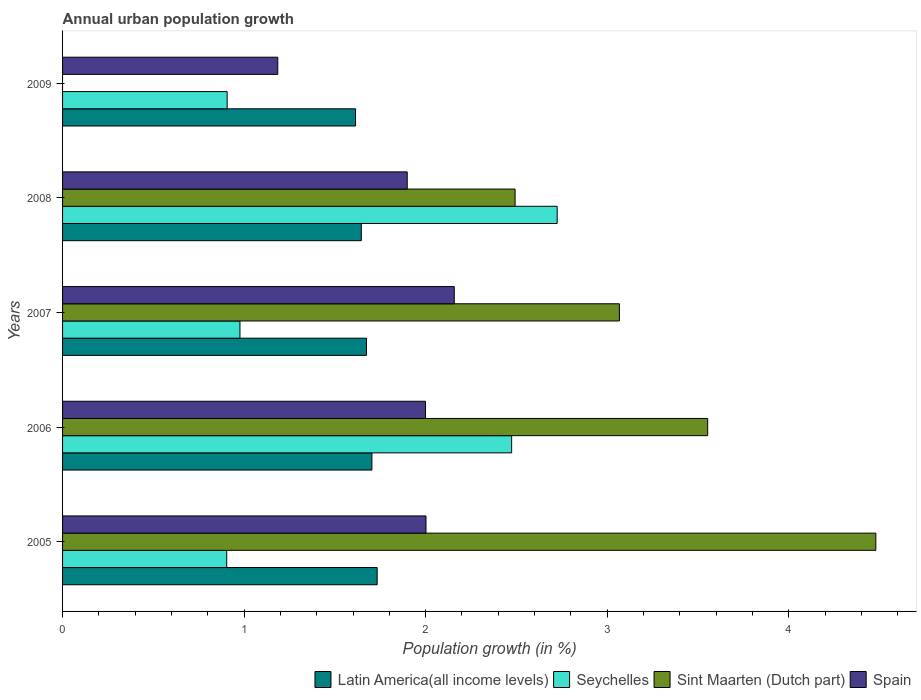
| Years | Latin America(all income levels) | Seychelles | Sint Maarten (Dutch part) | Spain |
 | --- | --- | --- | --- | --- |
 | 2005 | 1.73 | 0.904 | 4.48 | 2 |
 | 2006 | 1.7 | 2.47 | 3.55 | 2 |
 | 2007 | 1.67 | 0.977 | 3.07 | 2.16 |
 | 2008 | 1.65 | 2.72 | 2.49 | 1.9 |
 | 2009 | 1.61 | 0.907 | -3.33 | 1.19 |